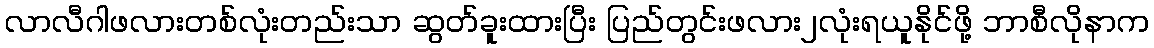
လာလီဂါဖလားတစ်လုံးတည်းသာ ဆွတ်ခူးထားပြီး ပြည်တွင်းဖလား၂လုံးရယူနိုင်ဖို့ ဘာစီလိုနာက